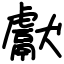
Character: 獻